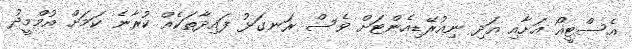
އެސްޓީއޯ އަށާއި އަދި ނިއުރޭޑިއެންޓަށް ވެސް ރަނގަޅު ފައިދާތަކެއް ކުރާނެ ކަމަށް އުމްމީދު